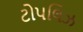
ટોપલિઝ